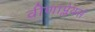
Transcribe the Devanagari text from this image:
वीणाप्लेयर्स